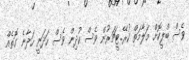
ވެސް ބްލީކޮށް މަލާމަތް ކުރޭ..ޓީޗަރުން ވެސް ކުދިން ވެސް ހަދަނީ ހަދާނެ ގޮތެއް